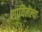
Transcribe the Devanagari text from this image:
गायिलेल्या